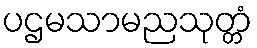
ပဌမသာမညသုတ္တံ